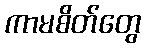
ကာမစိတ်တွေ